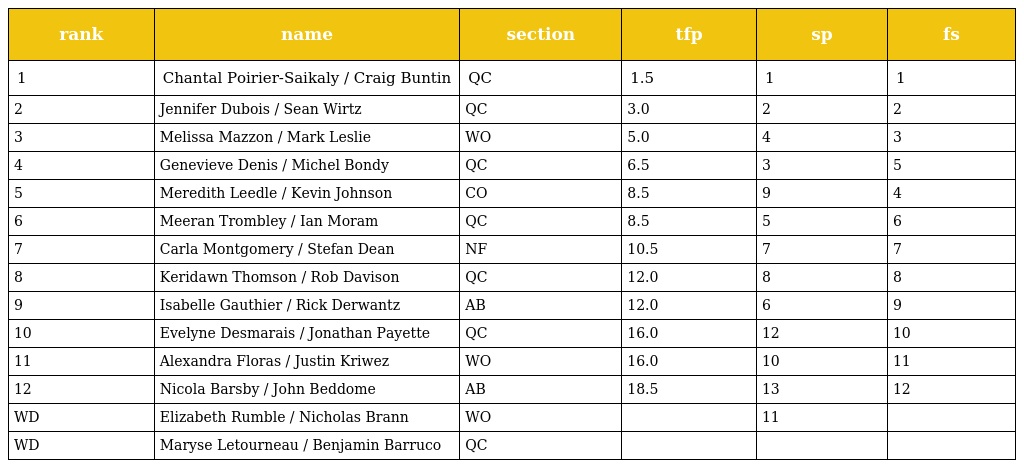
| rank | name | section | tfp | sp | fs |
 | --- | --- | --- | --- | --- | --- |
 | 1 | Chantal Poirier-Saikaly / Craig Buntin | QC | 1.5 | 1 | 1 |
 | 2 | Jennifer Dubois / Sean Wirtz | QC | 3.0 | 2 | 2 |
 | 3 | Melissa Mazzon / Mark Leslie | WO | 5.0 | 4 | 3 |
 | 4 | Genevieve Denis / Michel Bondy | QC | 6.5 | 3 | 5 |
 | 5 | Meredith Leedle / Kevin Johnson | CO | 8.5 | 9 | 4 |
 | 6 | Meeran Trombley / Ian Moram | QC | 8.5 | 5 | 6 |
 | 7 | Carla Montgomery / Stefan Dean | NF | 10.5 | 7 | 7 |
 | 8 | Keridawn Thomson / Rob Davison | QC | 12.0 | 8 | 8 |
 | 9 | Isabelle Gauthier / Rick Derwantz | AB | 12.0 | 6 | 9 |
 | 10 | Evelyne Desmarais / Jonathan Payette | QC | 16.0 | 12 | 10 |
 | 11 | Alexandra Floras / Justin Kriwez | WO | 16.0 | 10 | 11 |
 | 12 | Nicola Barsby / John Beddome | AB | 18.5 | 13 | 12 |
 | WD | Elizabeth Rumble / Nicholas Brann | WO |  | 11 |  |
 | WD | Maryse Letourneau / Benjamin Barruco | QC |  |  |  |